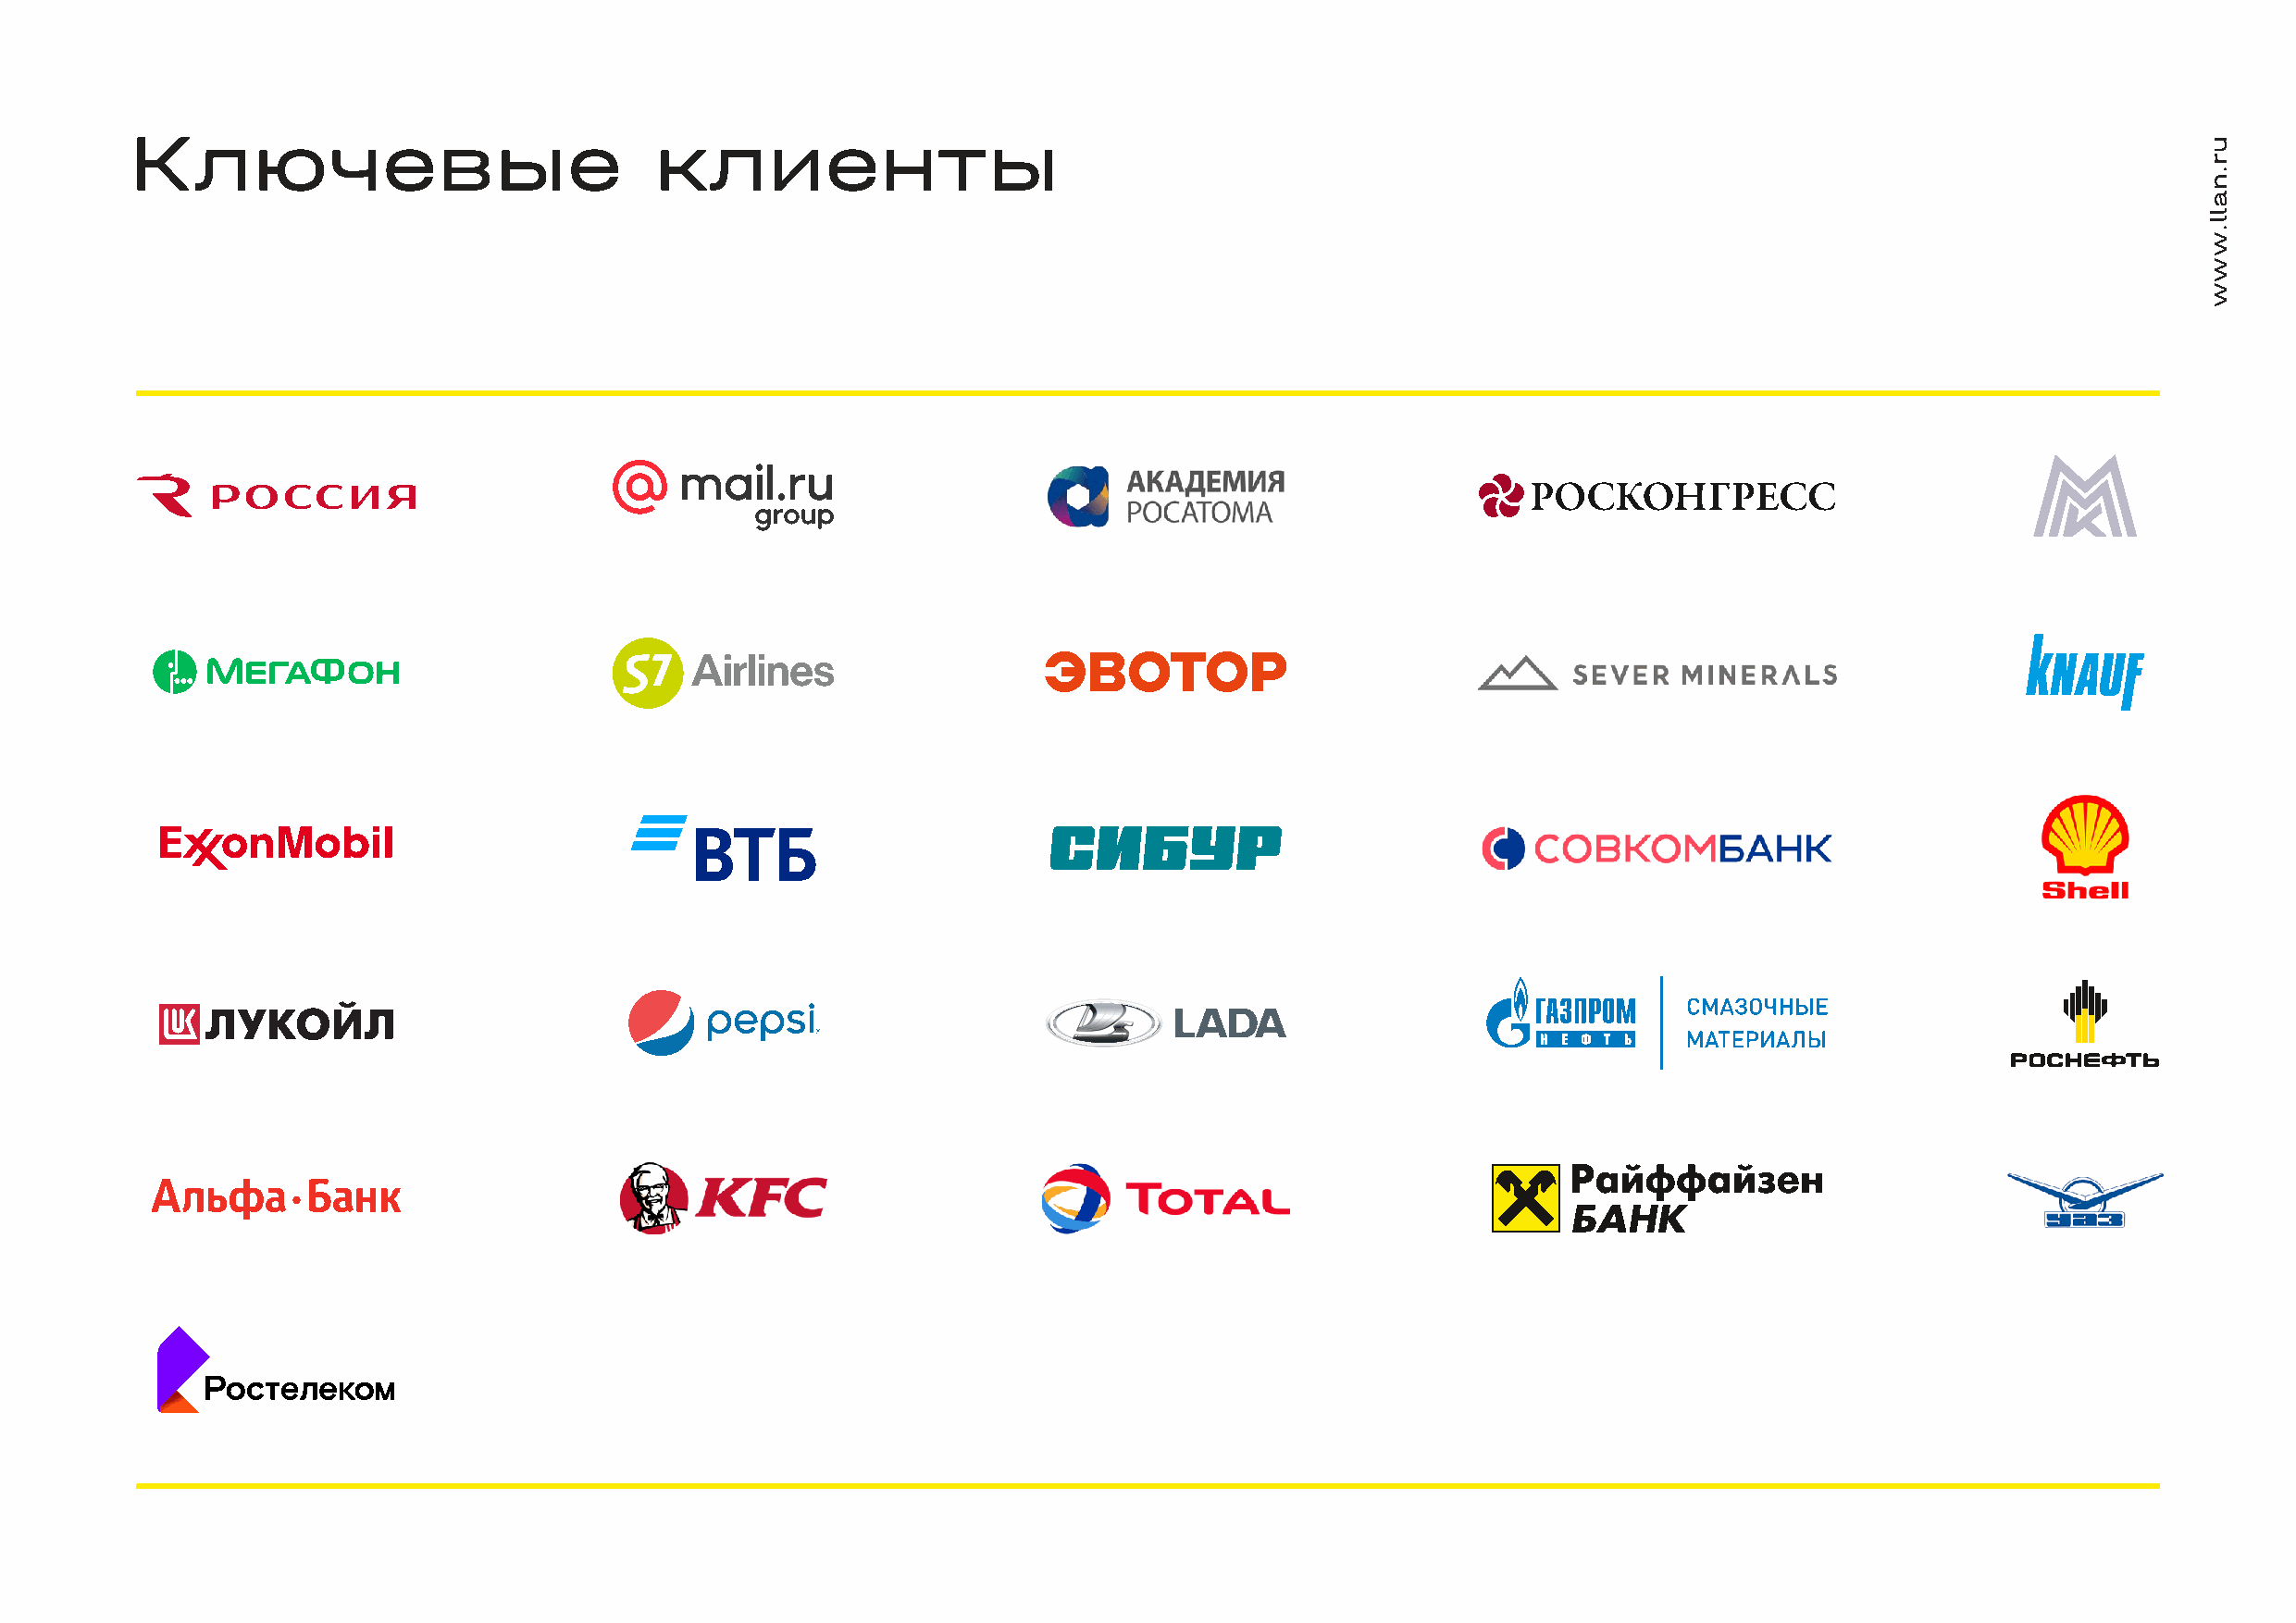
Ключевые                              клиенты
 ur.nall.www